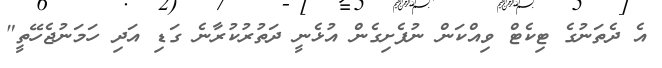
އެ ދެތަނުގެ ޓިކެޓް ވިއްކަން ނުފެށިގެން އުޅެނީ ދަތުރުކުރާނެ ގަޑި އަދި ހަމަނުޖެހޭތީ"